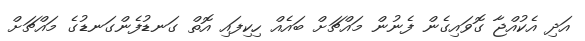
އަދި އެކުއްޖާ ގޮވައިގެން ފެނުން މައްޗަށް ބައެއް ހިކިފައި އޮތް ގަނޑުފެންގަނޑުގެ މައްޗަށް